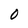
Character: 0